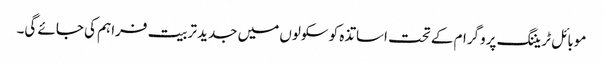
موبائل ٹریننگ پروگرام کے تحت اساتذہ کو سکولوں میں جدید تربیت فراہم کی جائے گی۔